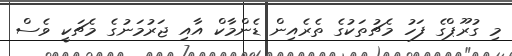
މި ގުރޫޕްގެ ފަހު މެޗުތަކުގެ ތެރެއިން ޑެންމާކް އާއި ޖަރުމަނުގެ މެޗަކީ ވެސް